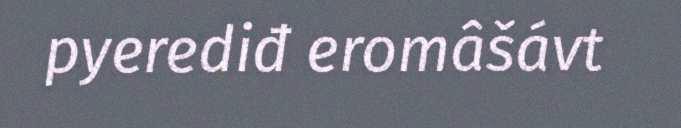
pyerediđ eromâšávt